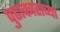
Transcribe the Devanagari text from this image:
पुढाकाराच्या